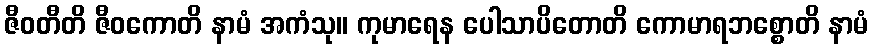
ဇီဝတီတိ ဇီဝကောတိ နာမံ အကံသု။ ကုမာရေန ပေါသာပိတောတိ ကောမာရဘစ္စောတိ နာမံ